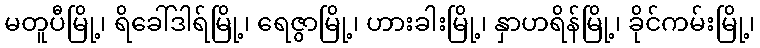
မတူပီမြို့၊ ရိခေါ်ဒါရ်မြို့၊ ရေဇွာမြို့၊ ဟားခါးမြို့၊ နှာဟရိန်မြို့၊ ခိုင်ကမ်းမြို့၊